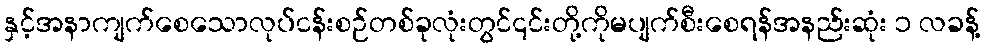
နှင့်အနာကျက်စေသောလုပ်ငန်းစဉ်တစ်ခုလုံးတွင်၎င်းတို့ကိုမပျက်စီးစေရန်အနည်းဆုံး ၁ လခန့်